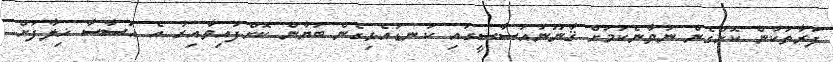
ފަރާތަކުން ކޮށްގެން ނުވާނެކަމަށް ޤާނޫނުއަސާސީގައި ކަނޑައެޅިގެން ބަޔާން ކޮށްފައިވާއިރު އެ އަސާސާ ޚިލާފަށް